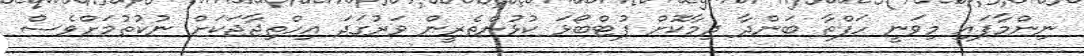
ނިންމާފައި މިވަނީ ހަފްތާ ބަންދާ ދިމާކޮށް ފުޓްބޯޅަ ކުޅުންތެރީން ވަރުގަދަ އިހްތިޖާޖަކަށް ނުކުތުމަށްވެސް